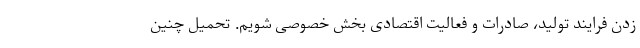
زدن فرایند تولید، صادرات و فعالیت اقتصادی بخش خصوصی شویم. تحمیل چنین